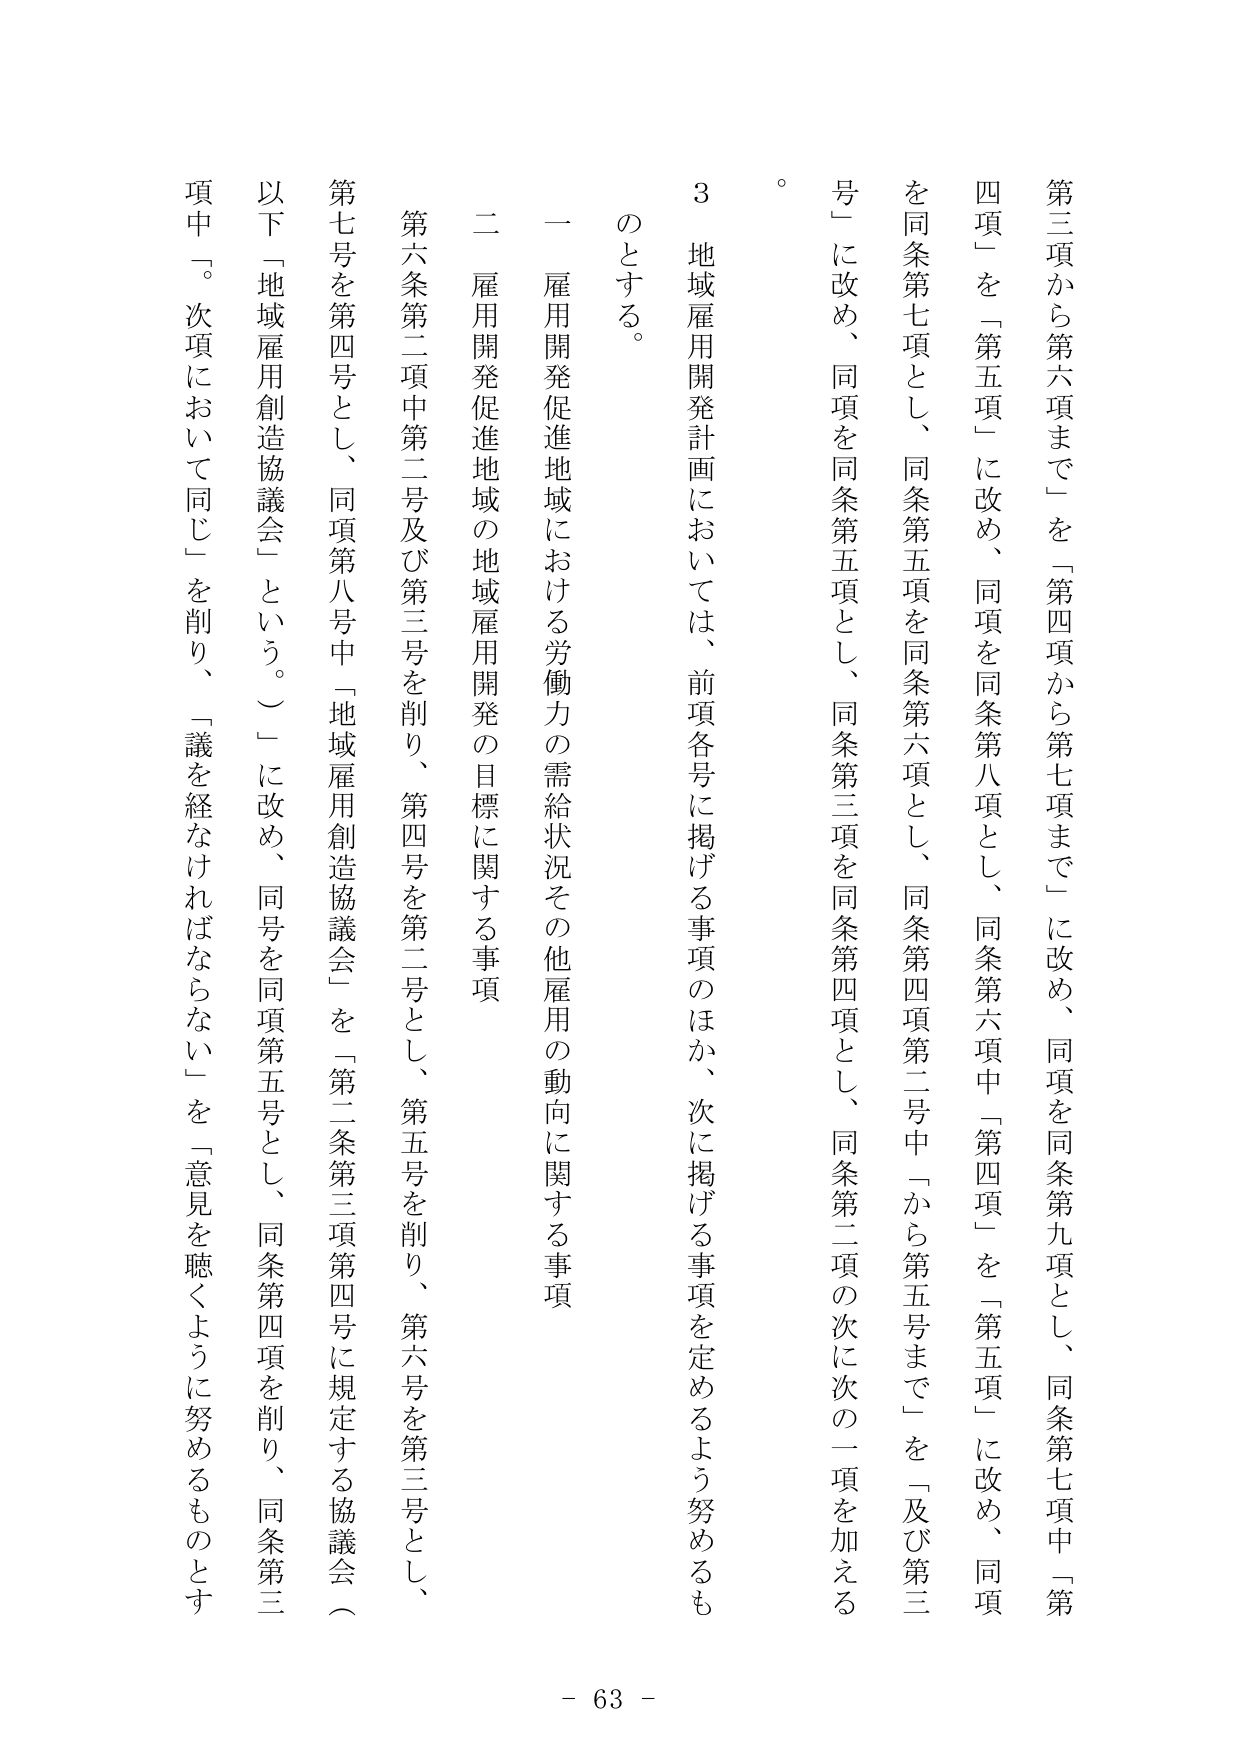
第三項から第六項まで」を「第四項から第七項まで」に改め、同項を同条第九項とし、同条第七項中「第四項」を「第五項」に改め、同項を同条第八項とし、同条第六項中「第四項」を「第五項」に改め、同項を同条第七項とし、同条第五項を同条第六項とし、同条第四項第二号中「から第五号まで」を「及び第三号」に改め、同項を同条第五項とし、同条第三項を同条第四項とし、同条第二項の次に次の一項を加える。

３ 地域雇用開発計画においては、前項各号に掲げる事項のほか、次に掲げる事項を定めるよう努めるものとする。

一 雇用開発促進地域における労働力の需給状況その他雇用の動向に関する事項

二 雇用開発促進地域の地域雇用開発の目標に関する事項

第六条第二項中第二号及び第三号を削り、第四号を第二号とし、第五号を削り、第六号を第三号とし、第七号を第四号とし、同項第八号中「地域雇用創造協議会」を「第二条第三項第四号に規定する協議会（以下「地域雇用創造協議会」という。）」に改め、同号を同項第五号とし、同条第四項を削り、同条第三項中「次項において同じ」を削り、「議を経なければならない」を「意見を聴くように努めるものとす

- 63 -